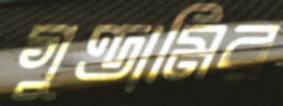
গুণ্ডামির